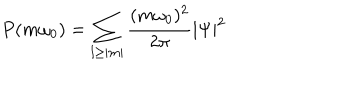
P ( m \omega _ { 0 } ) = \sum _ { l \geq | m | } \frac { ( m \omega _ { 0 } ) ^ { 2 } } { 2 \pi } | \Psi | ^ { 2 } \,